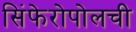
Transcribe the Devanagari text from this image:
सिंफेरोपोलची